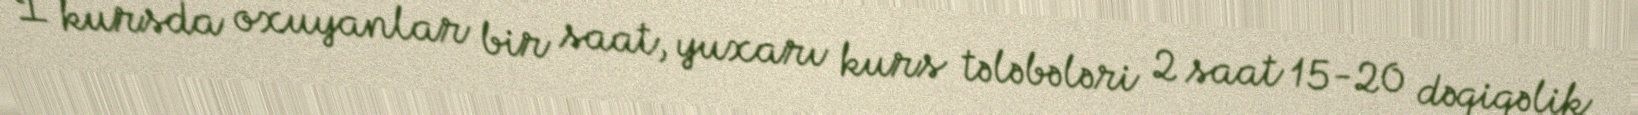
I kursda oxuyanlar bir saat, yuxarı kurs tələbələri 2 saat 15-20 dəqiqəlik